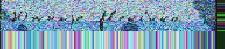
Ю́жныjе М'е́кс'ика  j